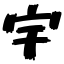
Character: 宇